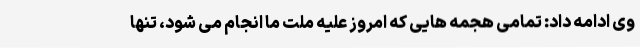
وی ادامه داد: تمامی هجمه هایی که امروز علیه ملت ما انجام می شود، تنها